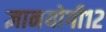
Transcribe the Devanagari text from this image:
ज्ञानयोगी१२